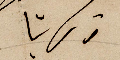
زكريا